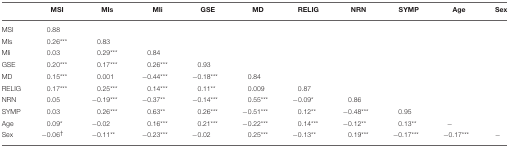
<table><thead><tr><td></td><td><b>MSI</b></td><td><b>MIs</b></td><td><b>MIi</b></td><td><b>GSE</b></td><td><b>MD</b></td><td><b>RELIG</b></td><td><b>NRN</b></td><td><b>SYMP</b></td><td><b>Age</b></td><td><b>Sex</b></td></tr></thead><tbody><tr><td>MSI</td><td>0.88</td><td></td><td></td><td></td><td></td><td></td><td></td><td></td><td></td><td></td></tr><tr><td>MIs</td><td>0.26<sup>***</sup></td><td>0.83</td><td></td><td></td><td></td><td></td><td></td><td></td><td></td><td></td></tr><tr><td>MIi</td><td>0.03</td><td>0.29<sup>***</sup></td><td>0.84</td><td></td><td></td><td></td><td></td><td></td><td></td><td></td></tr><tr><td>GSE</td><td>0.20<sup>***</sup></td><td>0.17<sup>***</sup></td><td>0.26<sup>***</sup></td><td>0.93</td><td></td><td></td><td></td><td></td><td></td><td></td></tr><tr><td>MD</td><td>0.15<sup>***</sup></td><td>0.001</td><td>−0.44<sup>***</sup></td><td>−0.18<sup>***</sup></td><td>0.84</td><td></td><td></td><td></td><td></td><td></td></tr><tr><td>RELIG</td><td>0.17<sup>***</sup></td><td>0.25<sup>***</sup></td><td>0.14<sup>***</sup></td><td>0.11<sup>**</sup></td><td>0.009</td><td>0.87</td><td></td><td></td><td></td><td></td></tr><tr><td>NRN</td><td>0.05</td><td>−0.19<sup>***</sup></td><td>−0.37<sup>**</sup></td><td>−0.14<sup>***</sup></td><td>0.55<sup>***</sup></td><td>−0.09<sup>*</sup></td><td>0.86</td><td></td><td></td><td></td></tr><tr><td>SYMP</td><td>0.03</td><td>0.26<sup>***</sup></td><td>0.63<sup>**</sup></td><td>0.26<sup>***</sup></td><td>−0.51<sup>***</sup></td><td>0.12<sup>**</sup></td><td>−0.48<sup>***</sup></td><td>0.95</td><td></td><td></td></tr><tr><td>Age</td><td>0.09<sup>*</sup></td><td>−0.02</td><td>0.16<sup>***</sup></td><td>0.21<sup>***</sup></td><td>−0.22<sup>***</sup></td><td>0.14<sup>***</sup></td><td>−0.12<sup>**</sup></td><td>0.13<sup>**</sup></td><td>−</td><td></td></tr><tr><td>Sex</td><td>−0.06<sup>†</sup></td><td>−0.11<sup>**</sup></td><td>−0.23<sup>***</sup></td><td>−0.02</td><td>0.25<sup>***</sup></td><td>−0.13<sup>**</sup></td><td>0.19<sup>***</sup></td><td>−0.17<sup>***</sup></td><td>−0.17<sup>***</sup></td><td>−</td></tr></tbody></table>